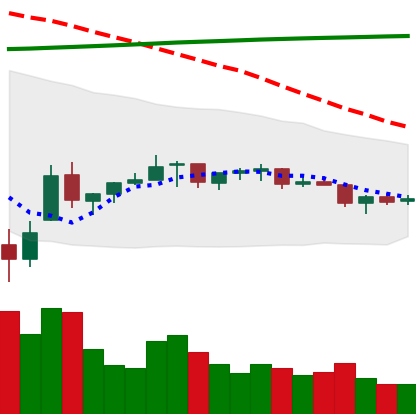
Ticker: TRX-USD
Chart end date: 2021-07-11
Forward return: -9.932%
Label: down_7plus